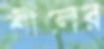
শীলের